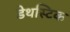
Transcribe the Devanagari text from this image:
डेथस्टिक